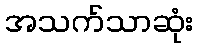
အသက်သာဆုံး